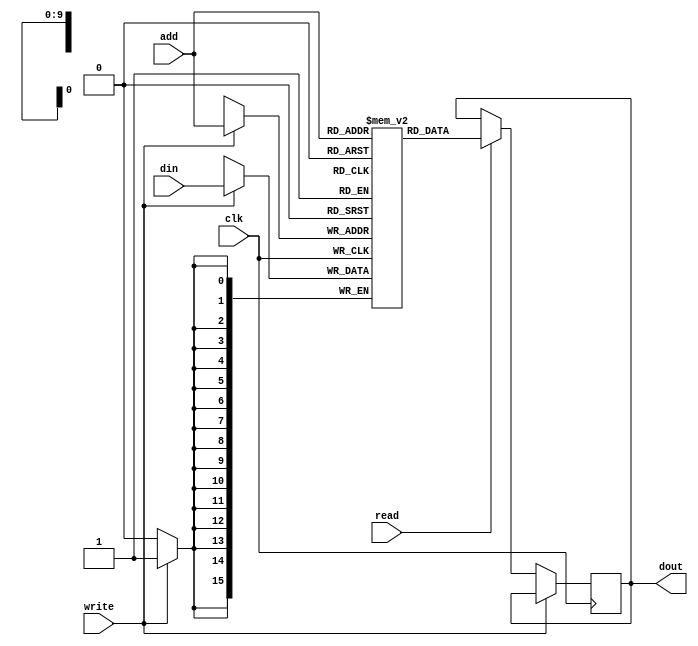
`timescale 1ns/1ps


module singleport # 
(
parameter RAM_WIDTH = 16,
parameter RAM_DEPTH=1024
) 
(
input clk,
input[RAM_WIDTH-1:0] din,
input wire write,read,
input [9:0] add,
output reg [RAM_WIDTH-1:0] dout
);
(* ram_style= "block" *) reg [RAM_WIDTH-1:0] ram [0:RAM_DEPTH-1]; 
 
integer i;

initial begin 

for(i=0; i<RAM_DEPTH; i=i+1) begin
ram[i] = 0;
end

end

 always@ (posedge clk) begin
 
 if(write) begin 
 ram[add] <= din;
 
 end
 else if (read) begin
 dout <= ram[add];
 
 end
 end

endmodule